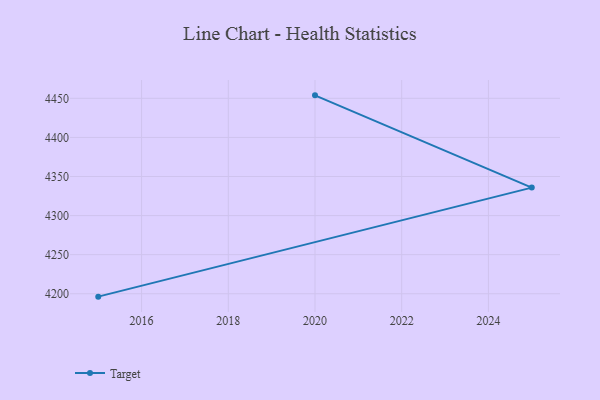
{"axis": {"x": "Year", "y": "Shipments"}, "legend": ["Target"], "data": [{"x": "2020", "y": 4453.8, "type": "Target"}, {"x": "2025", "y": 4335.8, "type": "Target"}, {"x": "2015", "y": 4196.3, "type": "Target"}]}